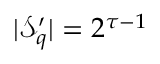
| \mathcal { S } _ { q } ^ { \prime } | = 2 ^ { \tau - 1 }